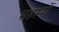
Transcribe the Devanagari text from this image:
सहस्यों